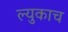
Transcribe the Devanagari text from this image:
ल्युकाच